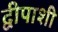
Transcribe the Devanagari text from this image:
द्वीपाशी